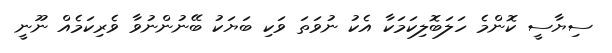
ސިޔާސީ ކޮންމެ ހަލަބޮލިކަމަކާ އެކު ނުވަތަ ވަކި ބަޔަކު ބޭނުންނުވާ ވެރިކަމެއް ނޫނީ